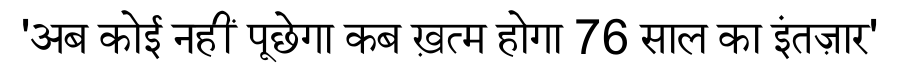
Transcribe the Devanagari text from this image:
'अब कोई नहीं पूछेगा कब ख़त्म होगा 76 साल का इंतज़ार'